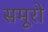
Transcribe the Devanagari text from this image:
समूरो